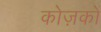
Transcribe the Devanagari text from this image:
कोज़कों